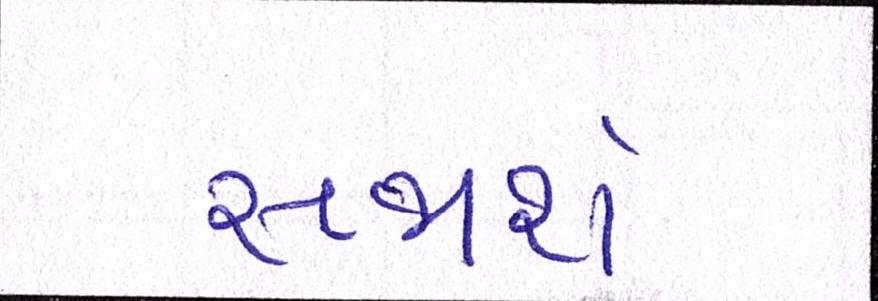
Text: સજાર્શેઃ